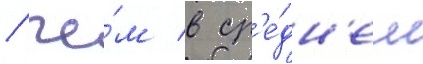
/ че́м в ср'е́дн'ем